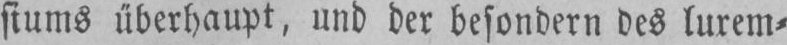
siums überhaupt, und der besondern des luxem⸗